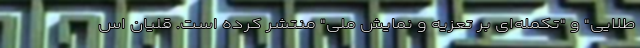
طلایی" و "تکمله‌ای بر تعزیه و نمایش ملی" منتشر کرده است. قلیان اس